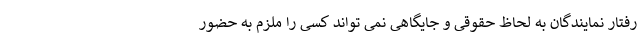
رفتار نمایندگان به لحاظ حقوقی و جایگاهی نمی تواند کسی را ملزم به حضور